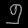
Digit: ၅